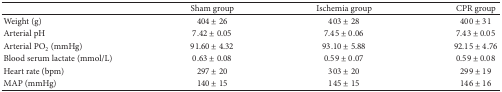
<table><thead><tr><td><b> </b></td><td><b>Sham group</b></td><td><b>Ischemia group</b></td><td><b>CPR group</b></td></tr></thead><tbody><tr><td>Weight (g)</td><td>404 ± 26</td><td>403 ± 28</td><td>400 ± 31</td></tr><tr><td>Arterial pH</td><td>7.42 ± 0.05</td><td>7.45 ± 0.06</td><td>7.43 ± 0.05</td></tr><tr><td>Arterial PO<sub>2</sub> (mmHg)</td><td>91.60 ± 4.32</td><td>93.10 ± 5.88</td><td>92.15 ± 4.76</td></tr><tr><td>Blood serum lactate (mmol/L)</td><td>0.63 ± 0.08</td><td>0.59 ± 0.07</td><td>0.59 ± 0.08</td></tr><tr><td>Heart rate (bpm)</td><td>297 ± 20</td><td>303 ± 20</td><td>299 ± 19</td></tr><tr><td>MAP (mmHg)</td><td>140 ± 15</td><td>145 ± 15</td><td>146 ± 16</td></tr></tbody></table>